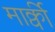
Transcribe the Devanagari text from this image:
मार्क्वी